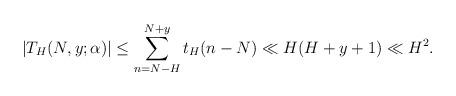
LaTeX: \begin{align*}\vert T_H(N,y;\alpha) \vert \le \sum_{n=N-H}^{N+y} t_H(n-N) \ll H(H+y+1) \ll H^2.\end{align*}